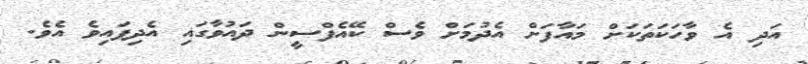
އަދި އެ ވާހަކަތަކަށް މައާފަށް އެދުމަށް ވެސް ކޭއެފްސީން ދައުވާގައި އެދިފައިވެ އެވެ.